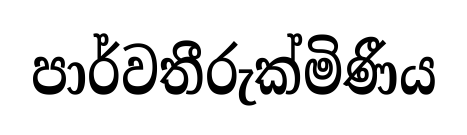
පාර්වතීරුක්මිණීය